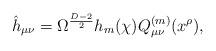
LaTeX: \begin{align*} \hat h_{\mu\nu} = \Omega^{{D-2} \over 2}h_m(\chi) Q^{(m)}_{\mu\nu}(x^{\rho}),\end{align*}